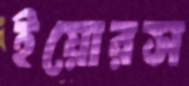
ইয়োরস